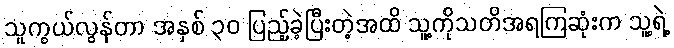
သူကွယ်လွန်တာ အနှစ် ၃၀ ပြည့်ခဲ့ပြီးတဲ့အထိ သူ့ကိုသတိအရကြဆုံးက သူ့ရဲ့